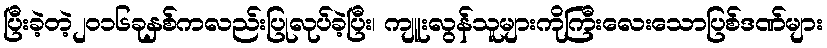
ပြီးခဲ့တဲ့၂၀၁၆ခုနှစ်ကလည်းပြုလုပ်ခဲ့ပြီး၊ ကျူးလွန်သူများကိုကြီးလေးသောပြစ်ဒဏ်များ